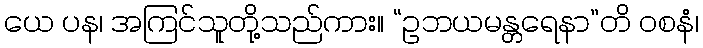
ယေ ပန၊ အကြင်သူတို့သည်ကား။ “ဥဘယမန္တရေနာ”တိ ဝစနံ၊